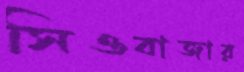
সিওবাজার